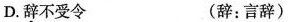
D.辞不受令 (辞：言辞)